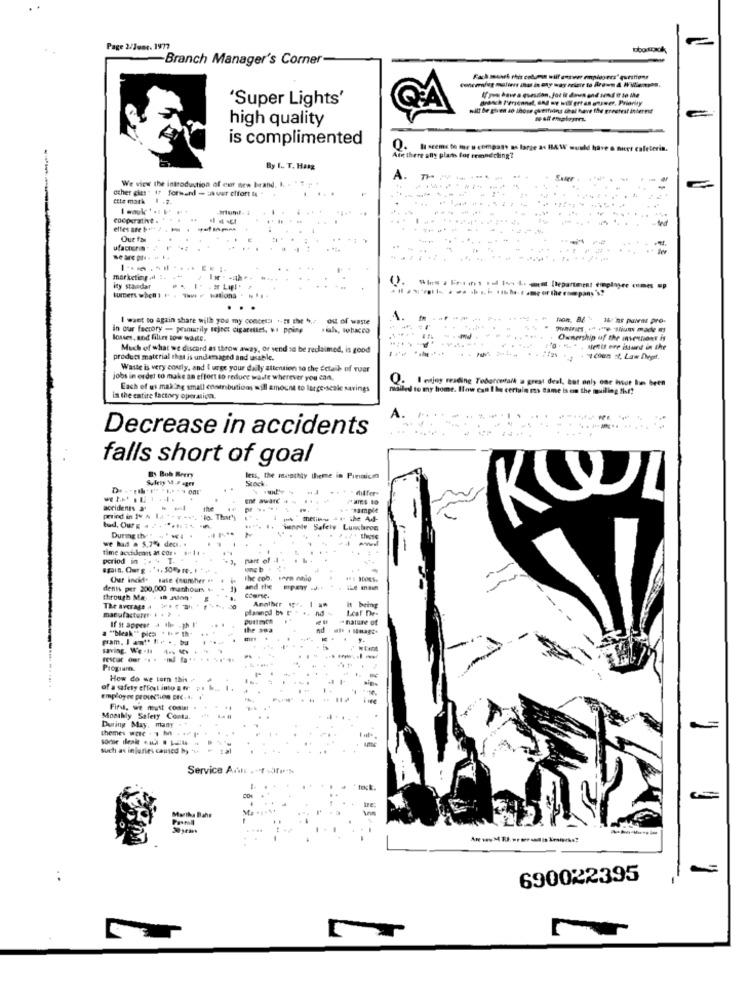
Page 2/Jumt. 1977
obotox4
-Branch Manager's Corner-
'Super Lights'
witt Be given so those questing thral have the greatest interest
high quality
is complimented
Q. I seems to me a company as large as HAW would
mees cafelerin.
Af there only plans for remnnecting?
By 1 .. T. Ha **
----
We view the introduction of cur new brand. I.
A.
------
other gias" If formand - in uwr effort to "
-
ette mark
Cooperative . .
Our fa
ufactura
marketing ,il :. ..
ity stavdar
I want to again share will you my concetti 1-21 the h ,- out of waste
Non, By
16: ns patras pro-
in our factory - peauarily Fejret cigarettes, $ pping
losses, and filles to-a WARE.
Ownership of the mennont is
Much of what we discard as throw away, or send to be reclaimed, is good
product material that is underaged and usable.
Waste is very costly, and I urge your daily attention to the Ectaib of ruar
jobs in order to make an effort to reduce waste wherever you can,
Q. I enjoy reading Tobatontalk a great deal, But only one hvor bin been
Each of us making small ensenbutions sill amount to large-scale savings
mailed to my home. How can I he certain my same is on the mailing list?
in the entire factory operation.
Decrease in accidents
......... ... .
falls short of goal
Sulety M -F ager
By Bob Berry
Stack.
lets, the monthly theme in Pinaicon
accidents ar
the
KOL
period in v & Ia ** * - +, lo. That's
metiku 41- the Ad-
tud, Our E . 2 .. hu
wennle Safety Lumbres
we had . 5.7% deci. .
Durmg th" " ".
period in :. 4 T.
part of
-
Chur incide tate Counther st
The cob. seen naio
dents per 200,000 manhours 4
and the
through Ma, . in mon-
Another
is being
The average 4
planungd by t'
Dustmich
- nature of
If it appeer a ile -gh I'
pam. I am"' E. .. bu
saving. We'll 4. MY
FESciac Our .. .
--
Progium
How do we tom this
of a safety effort into a wr p.
Employee protection BEC. 4.
First, we must comist .
Monthly Safety Conta
During May. many
Socor del .i . L
themes ware . 7 M
such as injuries caused by *%
Service Ans .-! fp">
Marika Bahe
-
690022395